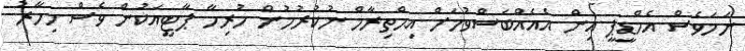
ނަމަވެސް އެމްޑީޕީ އިން އެއެއްބަސްވުމަށް އިޙްތިރާމް ނުކުރުމުން ހުރިހާ ޕާޓީއަކުން ވެސް މިހާރު